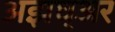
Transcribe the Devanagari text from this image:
अझघ्अर